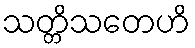
သတ္တိသတေဟိ